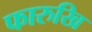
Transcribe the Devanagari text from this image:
फारुखि